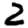
Digit: 2